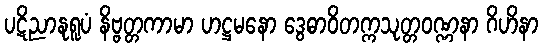
ပဋိညာနုရူပံ နိဗ္ဗတ္တကာမာ ဟဋ္ဌမနော ဒွေဓာဝိတက္ကသုတ္တဝဏ္ဏနာ ဂိဟိနာ